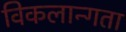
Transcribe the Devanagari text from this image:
विकलान्गता